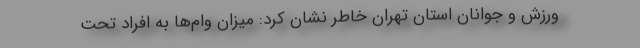
ورزش و جوانان استان تهران خاطر نشان کرد: میزان وام‌ها به افراد تحت